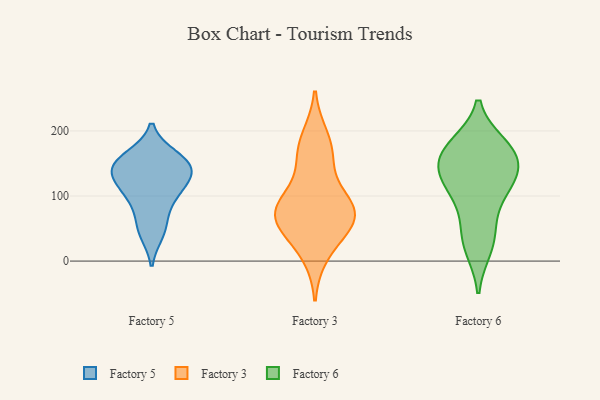
{"axis": {"x": "Website Visitors", "y": "Value"}, "legend": ["Factory 3", "Factory 5", "Factory 6"], "data": [{"x": "", "y": 52, "type": "Factory 5"}, {"x": "", "y": 103, "type": "Factory 5"}, {"x": "", "y": 158, "type": "Factory 5"}, {"x": "", "y": 124, "type": "Factory 5"}, {"x": "", "y": 85, "type": "Factory 5"}, {"x": "", "y": 161, "type": "Factory 5"}, {"x": "", "y": 141, "type": "Factory 5"}, {"x": "", "y": 110, "type": "Factory 5"}, {"x": "", "y": 144, "type": "Factory 5"}, {"x": "", "y": 133, "type": "Factory 5"}, {"x": "", "y": 43, "type": "Factory 5"}, {"x": "", "y": 149, "type": "Factory 5"}, {"x": "", "y": 82, "type": "Factory 3"}, {"x": "", "y": 89, "type": "Factory 3"}, {"x": "", "y": 74, "type": "Factory 3"}, {"x": "", "y": 54, "type": "Factory 3"}, {"x": "", "y": 84, "type": "Factory 3"}, {"x": "", "y": 169, "type": "Factory 3"}, {"x": "", "y": 189, "type": "Factory 3"}, {"x": "", "y": 151, "type": "Factory 3"}, {"x": "", "y": 49, "type": "Factory 3"}, {"x": "", "y": 11, "type": "Factory 3"}, {"x": "", "y": 70, "type": "Factory 3"}, {"x": "", "y": 21, "type": "Factory 6"}, {"x": "", "y": 177, "type": "Factory 6"}, {"x": "", "y": 61, "type": "Factory 6"}, {"x": "", "y": 117, "type": "Factory 6"}, {"x": "", "y": 32, "type": "Factory 6"}, {"x": "", "y": 171, "type": "Factory 6"}, {"x": "", "y": 136, "type": "Factory 6"}, {"x": "", "y": 113, "type": "Factory 6"}, {"x": "", "y": 165, "type": "Factory 6"}, {"x": "", "y": 168, "type": "Factory 6"}, {"x": "", "y": 149, "type": "Factory 6"}, {"x": "", "y": 115, "type": "Factory 6"}]}